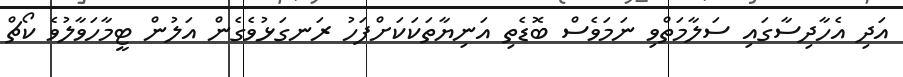
އަދި އެހާދިސާގައި ސަލާމަތްވި ނަމަވެސް ބޮޑެތި އަނިޔާތަކަކަށްފަހު ރަނގަޅުވެގެން އަލުން ޓީމާހަވާލުވެ ކޯޗް